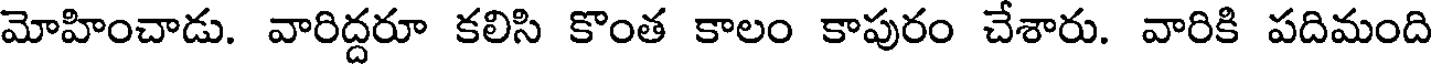
మోహించాడు. వారిద్దరూ కలిసి కొంత కాలం కాపురం చేశారు. వారికి పదిమంది